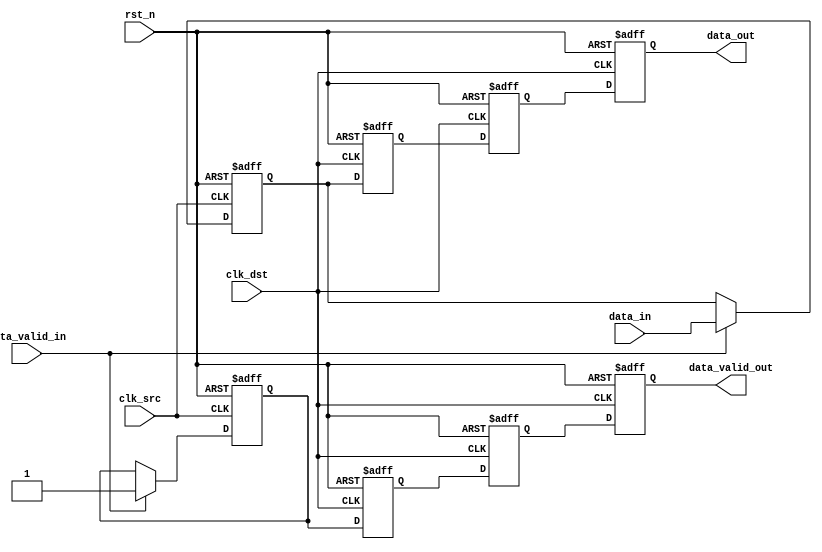
module MemoryBlocksPipelineSynchronizer #(
    parameter DATA_WIDTH = 8,        // Width of the data
    parameter PIPELINE_STAGES = 2     // Number of pipeline stages
)(
    input wire clk_src,               // Source clock
    input wire clk_dst,               // Destination clock
    input wire rst_n,                 // Asynchronous reset (active low)
    input wire [DATA_WIDTH-1:0] data_in, // Data input from source clock domain
    input wire data_valid_in,         // Valid signal for input data
    output reg [DATA_WIDTH-1:0] data_out, // Synchronized data output
    output reg data_valid_out         // Valid signal for output data
);

    // Intermediate registers for pipeline stages
    reg [DATA_WIDTH-1:0] data_pipeline [0:PIPELINE_STAGES-1];
    reg data_valid_pipeline [0:PIPELINE_STAGES-1];

    // Capture data on the rising edge of clk_src
    reg [DATA_WIDTH-1:0] data_src_reg;
    reg data_valid_src_reg;

    always @(posedge clk_src or negedge rst_n) begin
        if (!rst_n) begin
            data_src_reg <= 0;
            data_valid_src_reg <= 1'b0;
        end else begin
            if (data_valid_in) begin
                data_src_reg <= data_in;
                data_valid_src_reg <= 1'b1;
            end
        end
    end

    // Synchronize data to the destination clock domain
    integer i;
    always @(posedge clk_dst or negedge rst_n) begin
        if (!rst_n) begin
            // Reset all pipeline stages
            for (i = 0; i < PIPELINE_STAGES; i = i + 1) begin
                data_pipeline[i] <= 0;
                data_valid_pipeline[i] <= 1'b0;
            end
            data_out <= 0;
            data_valid_out <= 1'b0;
        end else begin
            // Shift data through the pipeline
            data_pipeline[0] <= data_src_reg;
            data_valid_pipeline[0] <= data_valid_src_reg;

            for (i = 1; i < PIPELINE_STAGES; i = i + 1) begin
                data_pipeline[i] <= data_pipeline[i-1];
                data_valid_pipeline[i] <= data_valid_pipeline[i-1];
            end

            // Output the final stage
            data_out <= data_pipeline[PIPELINE_STAGES-1];
            data_valid_out <= data_valid_pipeline[PIPELINE_STAGES-1];
        end
    end

endmodule